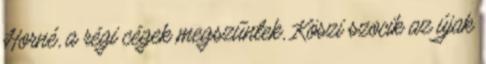
Horné, a régi cégek megszűntek, Köszi szocik az újak